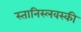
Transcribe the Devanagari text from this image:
स्तानिस्लवस्की